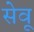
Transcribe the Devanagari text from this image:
सेवू